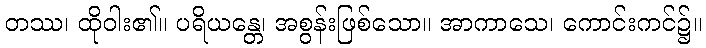
တဿ၊ ထိုဝါး၏။ ပရိယန္တေ၊ အစွန်းဖြစ်သော။ အာကာသေ၊ ကောင်းကင်၌။